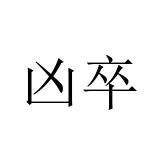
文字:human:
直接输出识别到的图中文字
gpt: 凶卒